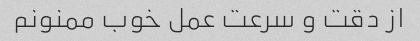
از دقت و سرعت عمل خوب ممنونم